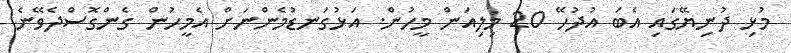
މުޅި ދުނިޔޭގައި އެބަ އުދުހޭ 20 މިލިއަން މީހުން. އަޅުގަނޑުމެންނަށް އެމީހުން ގެންގޮސްދެވޭނެ